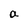
Character: a